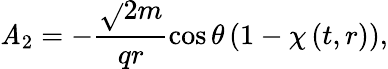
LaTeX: \mathit{A}_{2}=-\frac{{\sqrt{}{{2}}m}}{{qr}}\cos\theta\left(1-\chi\left(t,r\right)\right),